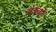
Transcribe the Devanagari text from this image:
संकर्मों